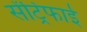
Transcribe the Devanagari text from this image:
सेंट्रिफाई